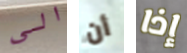
الى أن إذا